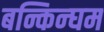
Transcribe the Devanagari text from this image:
बन्किन्घम